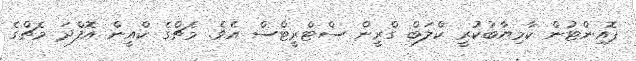
ޕޮއިންޓުން ކާމިޔާބުކުރީ ކްލަބް ގްރީން ސްޓްރީޓްސް އެވެ. މެޗްގެ ކްއީން އޮފްދަ މެޗްގެ